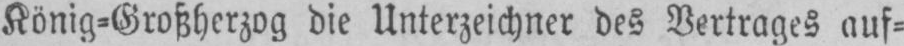
König⸗Großherzog die Unterzeichner des Vertrages auf⸗